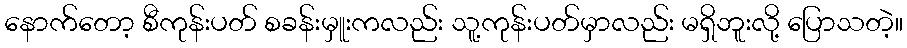
နောက်တော့ စီကုန်းပတ် စခန်းမှူးကလည်း သူ့ကုန်းပတ်မှာလည်း မရှိဘူးလို့ ပြောသတဲ့။